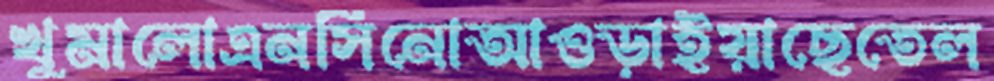
খুমালোএনসিনোআওড়াইয়াছেতেল